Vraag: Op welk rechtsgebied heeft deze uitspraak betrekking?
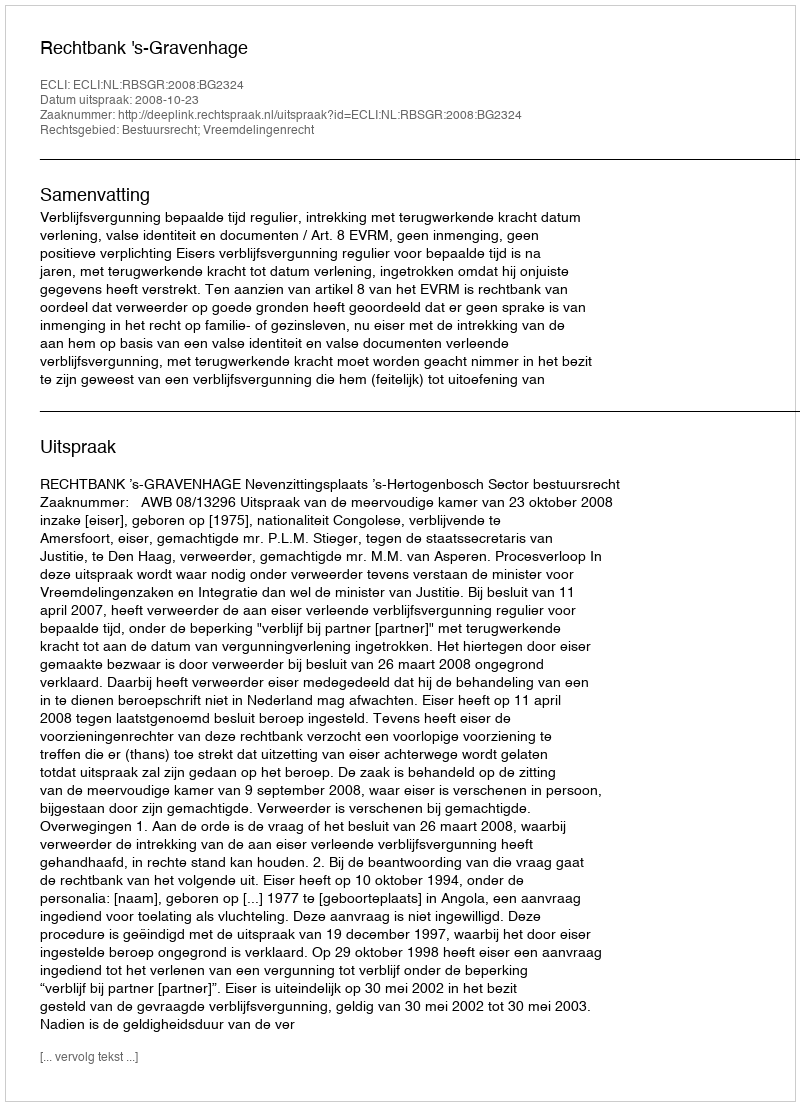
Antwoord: Bestuursrecht; Vreemdelingenrecht